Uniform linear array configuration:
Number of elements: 32
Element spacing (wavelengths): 0.25
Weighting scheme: cosine
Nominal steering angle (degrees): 15
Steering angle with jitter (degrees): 15.8
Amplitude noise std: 0.05
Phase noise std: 0.05

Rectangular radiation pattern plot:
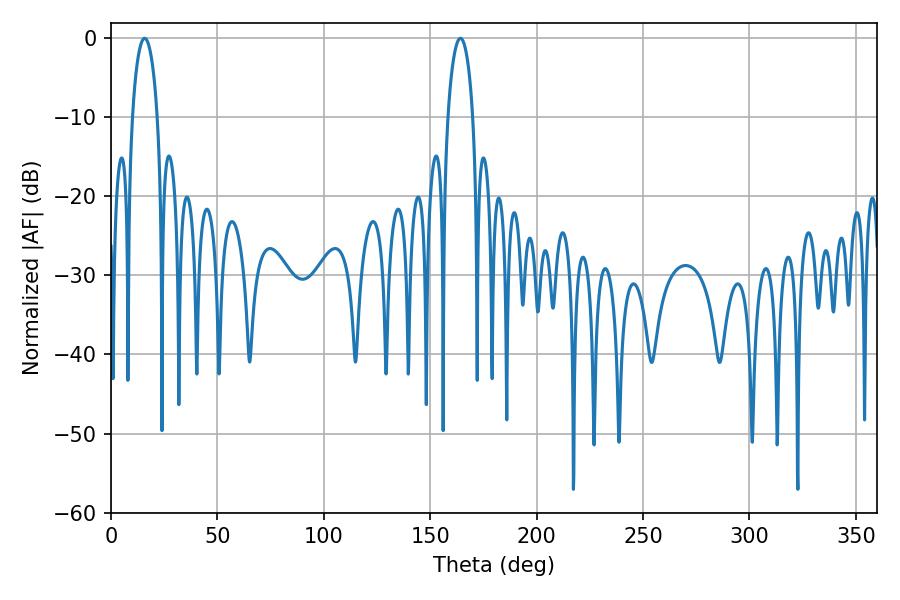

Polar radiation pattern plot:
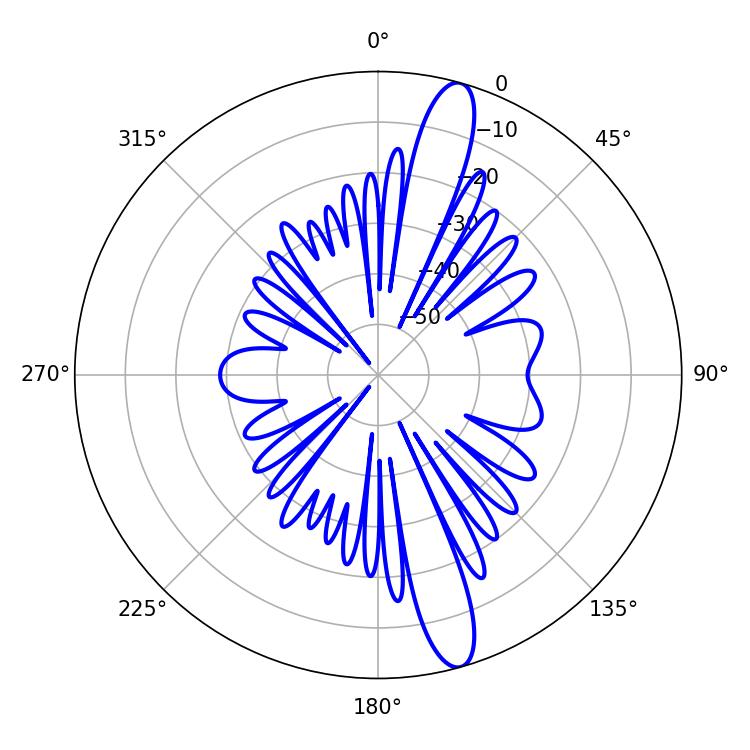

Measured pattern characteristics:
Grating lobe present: FALSE
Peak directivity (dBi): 14.454
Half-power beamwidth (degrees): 6.84
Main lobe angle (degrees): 15.84